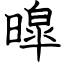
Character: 暭